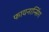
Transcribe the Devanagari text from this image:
फायनान्सिंग